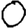
Digit: 0